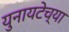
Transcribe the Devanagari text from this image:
युनायटेच्या